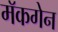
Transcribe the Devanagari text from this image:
मॅकगेन